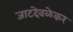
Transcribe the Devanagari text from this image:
जाटदेवळेकर